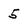
Character: 5